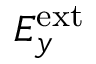
E _ { y } ^ { \mathrm { e x t } }